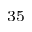
^ { 3 5 }